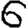
Digit: 6